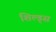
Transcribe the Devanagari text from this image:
शिल्ड्स